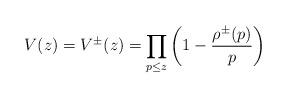
LaTeX: \begin{align*}V(z)=V^\pm (z)=\prod_{p\leq z}\left(1-\frac{\rho^\pm (p)}{p}\right)\end{align*}